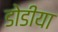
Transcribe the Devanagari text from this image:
डोडीया